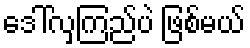
ဒေါ်လှကြည်ပဲ ဖြစ်မယ်